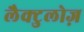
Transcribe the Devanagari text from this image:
लैक्टुलोज़